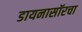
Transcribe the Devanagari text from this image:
डायनासॉरचा